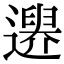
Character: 𨗔